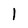
Character: l